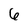
Character: 6